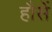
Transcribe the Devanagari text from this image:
हौसें